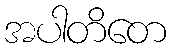
အပါတိတေ